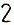
2